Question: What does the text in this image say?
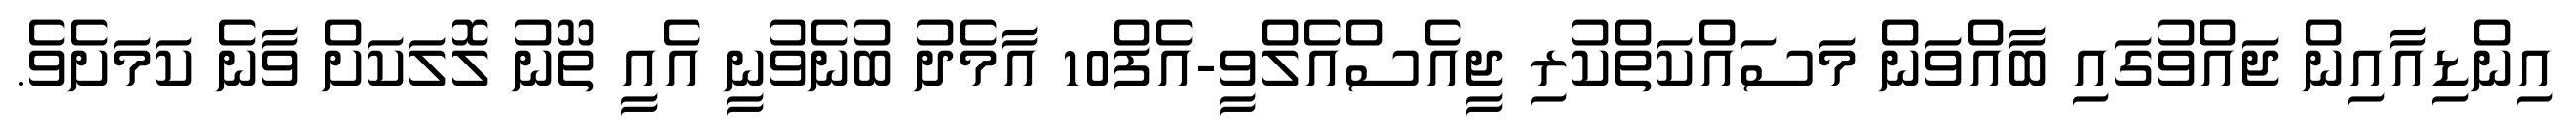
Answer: އިންޑިއާއިން ޖައްވުގައި ބާއްވަން މަސައްކަތްކުރި ޖީއެސްއެލްވީ-އެފް10 އާމެދު ބުނެވުނީ އެއީ ތޫނު ލޮލަކަށް ވާނެ ކަމަށެވެ.